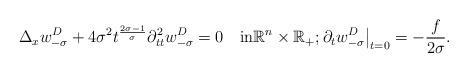
LaTeX: \begin{align*}\Delta_xw_{-\sigma }^D+4\sigma ^2t^{\frac{2\sigma -1}\sigma }\partial^2_{tt}w_{-\sigma }^D=0\quad\mbox{in}\mathbb R^n\times\mathbb R_+;\partial_tw_{-\sigma }^D\big|_{t=0}=-\frac {f}{2\sigma }.\end{align*}